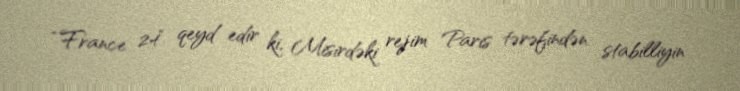
“France 24“ qeyd edir ki, Misirdəki rejim Paris tərəfindən stabilliyin